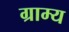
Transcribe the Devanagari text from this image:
ग्राम्‍य